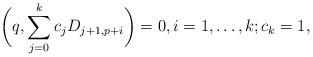
LaTeX: \begin{align*}\bigg(q,\sum^{k}_{j=0}c_jD_{j+1,p+i}\bigg)=0, i=1,\ldots,k;c_k=1,\end{align*}